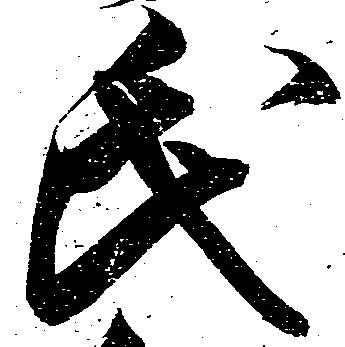
氏